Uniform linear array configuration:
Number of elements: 12
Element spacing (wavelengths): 0.5
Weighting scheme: binomial
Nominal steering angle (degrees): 15
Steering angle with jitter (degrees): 13.151
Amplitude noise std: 0.05
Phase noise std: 0.05

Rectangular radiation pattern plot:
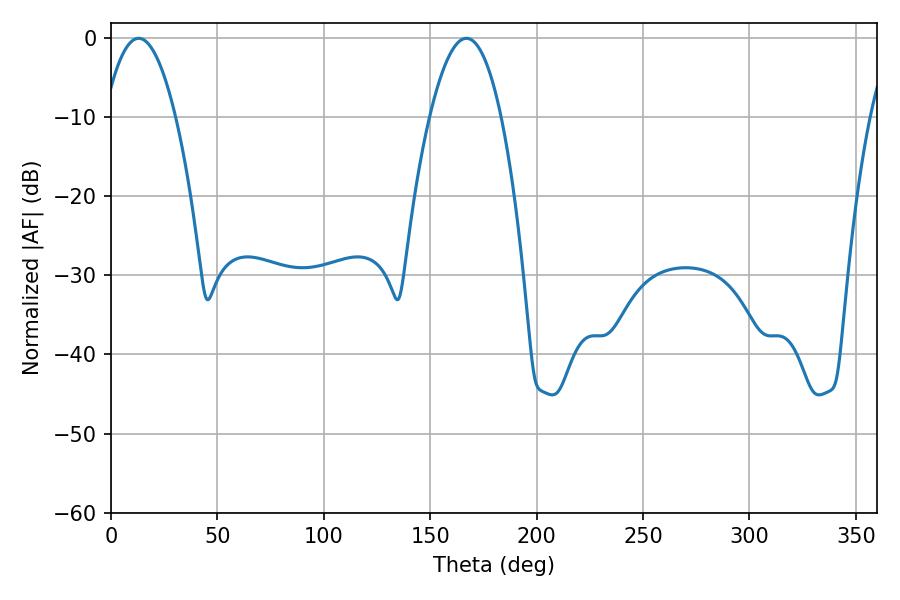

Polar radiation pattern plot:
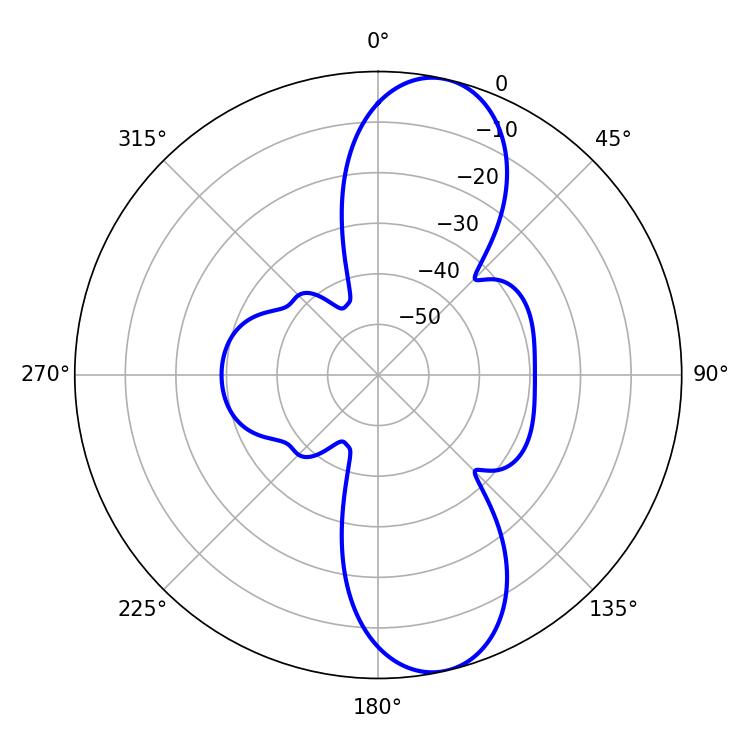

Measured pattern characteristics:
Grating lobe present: FALSE
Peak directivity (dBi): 11.013
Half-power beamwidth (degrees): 18.36
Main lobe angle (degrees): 12.96